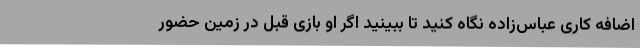
اضافه کاری عباس‌زاده نگاه کنید تا ببینید اگر او بازی قبل در زمین حضور